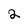
Character: 2